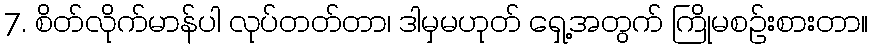
7. စိတ်လိုက်မာန်ပါ လုပ်တတ်တာ၊ ဒါမှမဟုတ် ရှေ့အတွက် ကြိုမစဉ်းစားတာ။